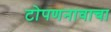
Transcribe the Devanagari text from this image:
टोपणनावाचा